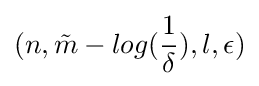
(n,{\tilde {m}}-log({\frac {1}{\delta }}),l,\epsilon )